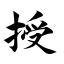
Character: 授